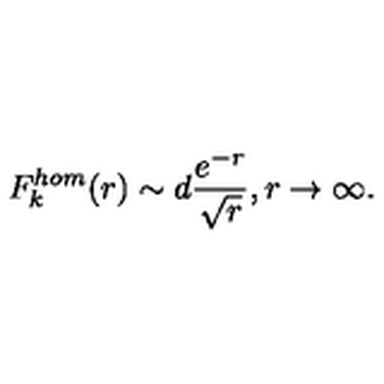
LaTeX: F _ { k } ^ { h o m } ( r ) \sim d \frac { e ^ { - r } } { \sqrt { r } } , r \rightarrow \infty .